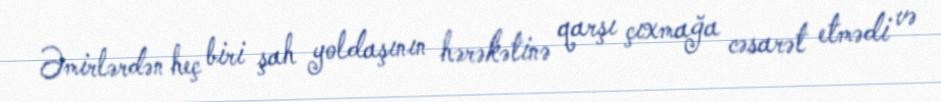
Əmirlərdən heç biri şah yoldaşının hərəkətinə qarşı çıxmağa cəsarət etmədi və